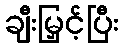
ချီးမြှင့်ပြီး